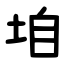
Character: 垍